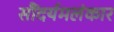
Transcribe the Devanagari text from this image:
सौंदर्यमलंकार